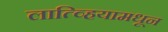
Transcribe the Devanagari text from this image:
लात्व्हियामधून